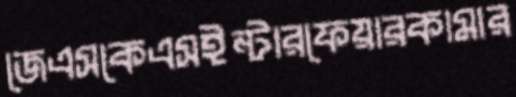
জেএসকেএসইন্টারফেয়ারকামার